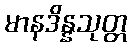
မာနဒိန္နသုတ္တ